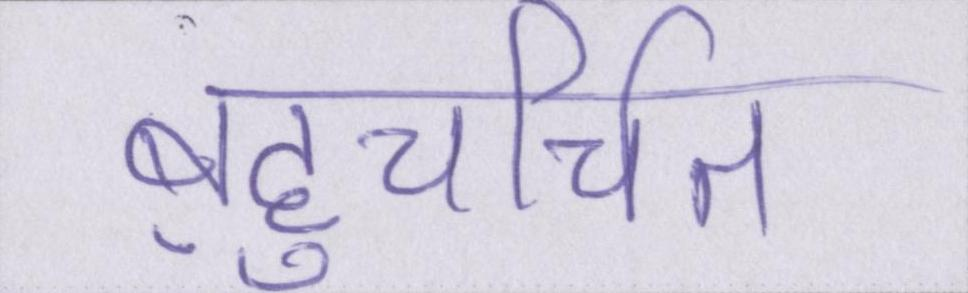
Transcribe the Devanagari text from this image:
बहुचर्चित